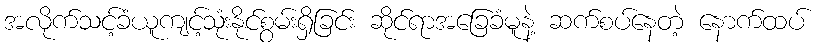
အလိုက်သင့်ခံယူကျင့်သုံးနိုင်စွမ်းရှိခြင်း ဆိုင်ရာအခြေခံမူနဲ့ ဆက်စပ်နေတဲ့ နောက်ထပ်